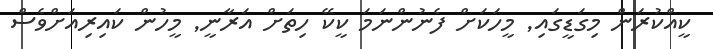
ކީއްކުރަން މިގަޑީގައި